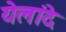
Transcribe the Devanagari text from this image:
येलांदे